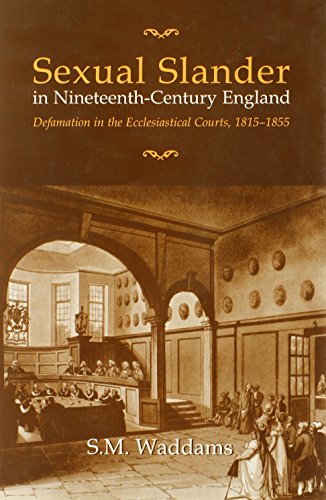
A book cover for Sexual Slander in Nineteenth-Century England: Defamation in The Ecclesiastical Courts, 1815-1855; S.M. Waddams; Law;